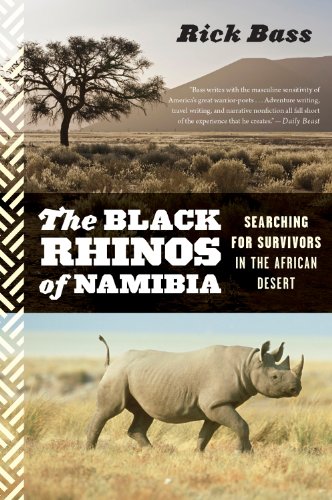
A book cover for The Black Rhinos of Namibia: Searching for Survivors in the African Desert; Rick Bass; Travel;